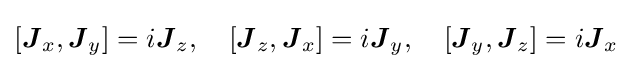
[{\boldsymbol {J}}_{x},{\boldsymbol {J}}_{y}]=i{\boldsymbol {J}}_{z},\quad [{\boldsymbol {J}}_{z},{\boldsymbol {J}}_{x}]=i{\boldsymbol {J}}_{y},\quad [{\boldsymbol {J}}_{y},{\boldsymbol {J}}_{z}]=i{\boldsymbol {J}}_{x}